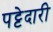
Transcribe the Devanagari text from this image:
पट्टेदारी